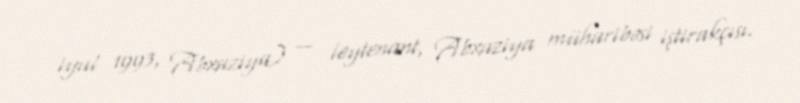
iyul 1993, Abxaziya) — leytenant, Abxaziya müharibəsi iştirakçısı.